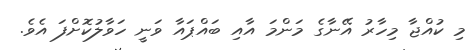
މި ކުއްޖާ މިހާރު އޭނާގެ މަންމަ އާއި ބައްޕައާ ވަނީ ހަވާލުކޮށްފަ އެވެ.